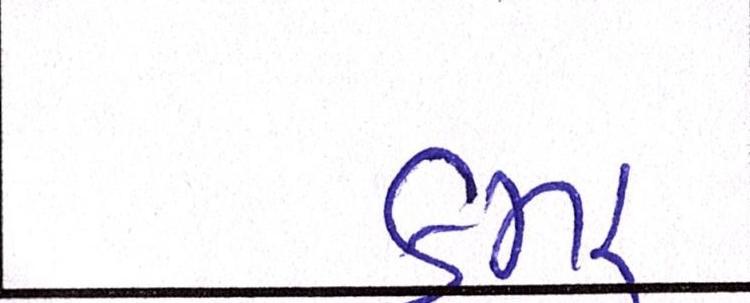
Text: કમર